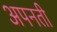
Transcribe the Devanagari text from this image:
अपनती